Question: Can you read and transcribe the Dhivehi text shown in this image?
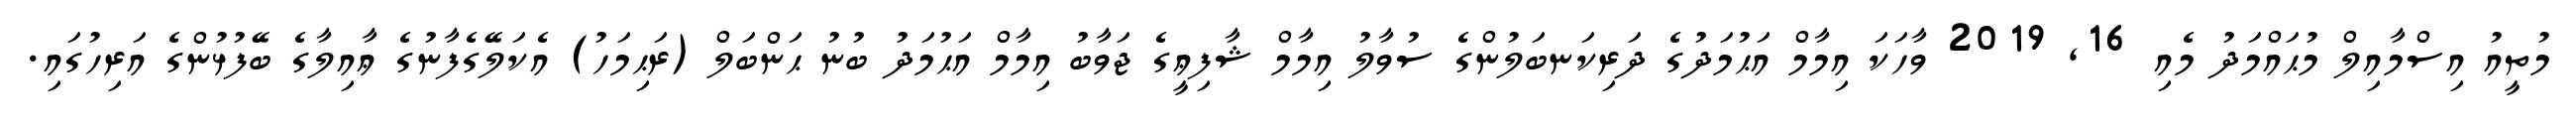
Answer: މުތީއު އިސްމާއިލް މުޙައްމަދު މެއި 16, 2019 ވާހަކަ އިމާމް އަޙުމަދުގެ ދަރިކަނބަލުންގެ ސުވާލު އިމާމް ޝާފިޢީގެ ޖަވާބު އިމާމް އަޙުމަދު ބުނު ޙަންބަލް (ރަޙިމަހު) އެކަލޭގެފާނުގެ ޢާއިލާގެ ބޭފުޅުންގެ އަރިހުގައި.